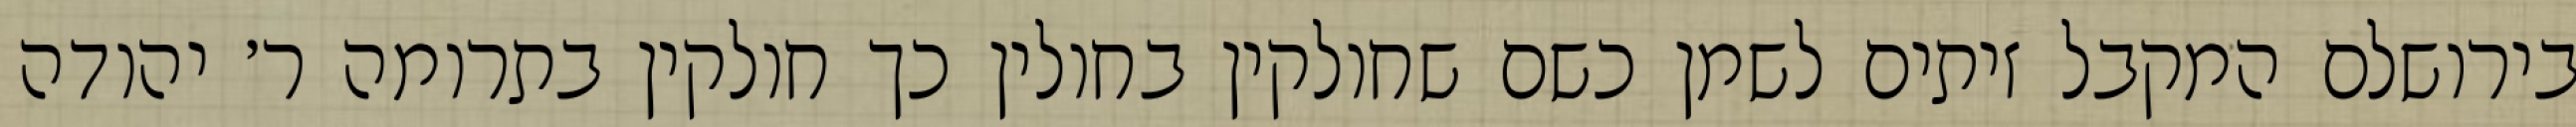
בירושלם המקבל זיתים לשמן כשם שחולקין בחולין כך חולקין בתרומה ר׳ יהודה